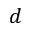
d